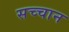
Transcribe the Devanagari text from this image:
सच्चान